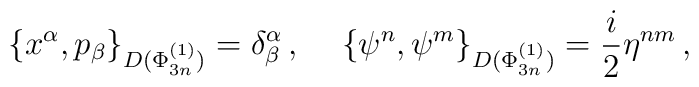
\left\{x^\alpha,p_\beta \right\}_{D(\Phi^{(1)}_{3n})} = \delta^\alpha_\beta \,,\,\,\,\,\,\,\, \left\{\psi^n,\psi^m \right\}_{D(\Phi^{(1)}_{3n})} =\frac{i}{2}\eta^{nm}\,,